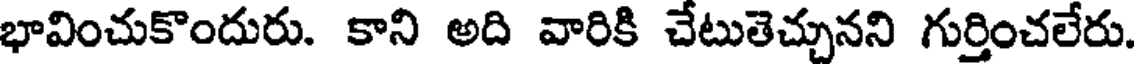
భావించుకొందురు. కాని అది వారికి చేటుతెచ్చునని గుర్తించలేరు